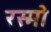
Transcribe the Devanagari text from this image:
रस्मो